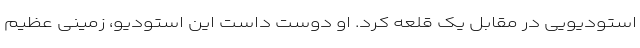
استودیویی در مقابل یک قلعه کرد. او دوست داست این استودیو، زمینی عظیم